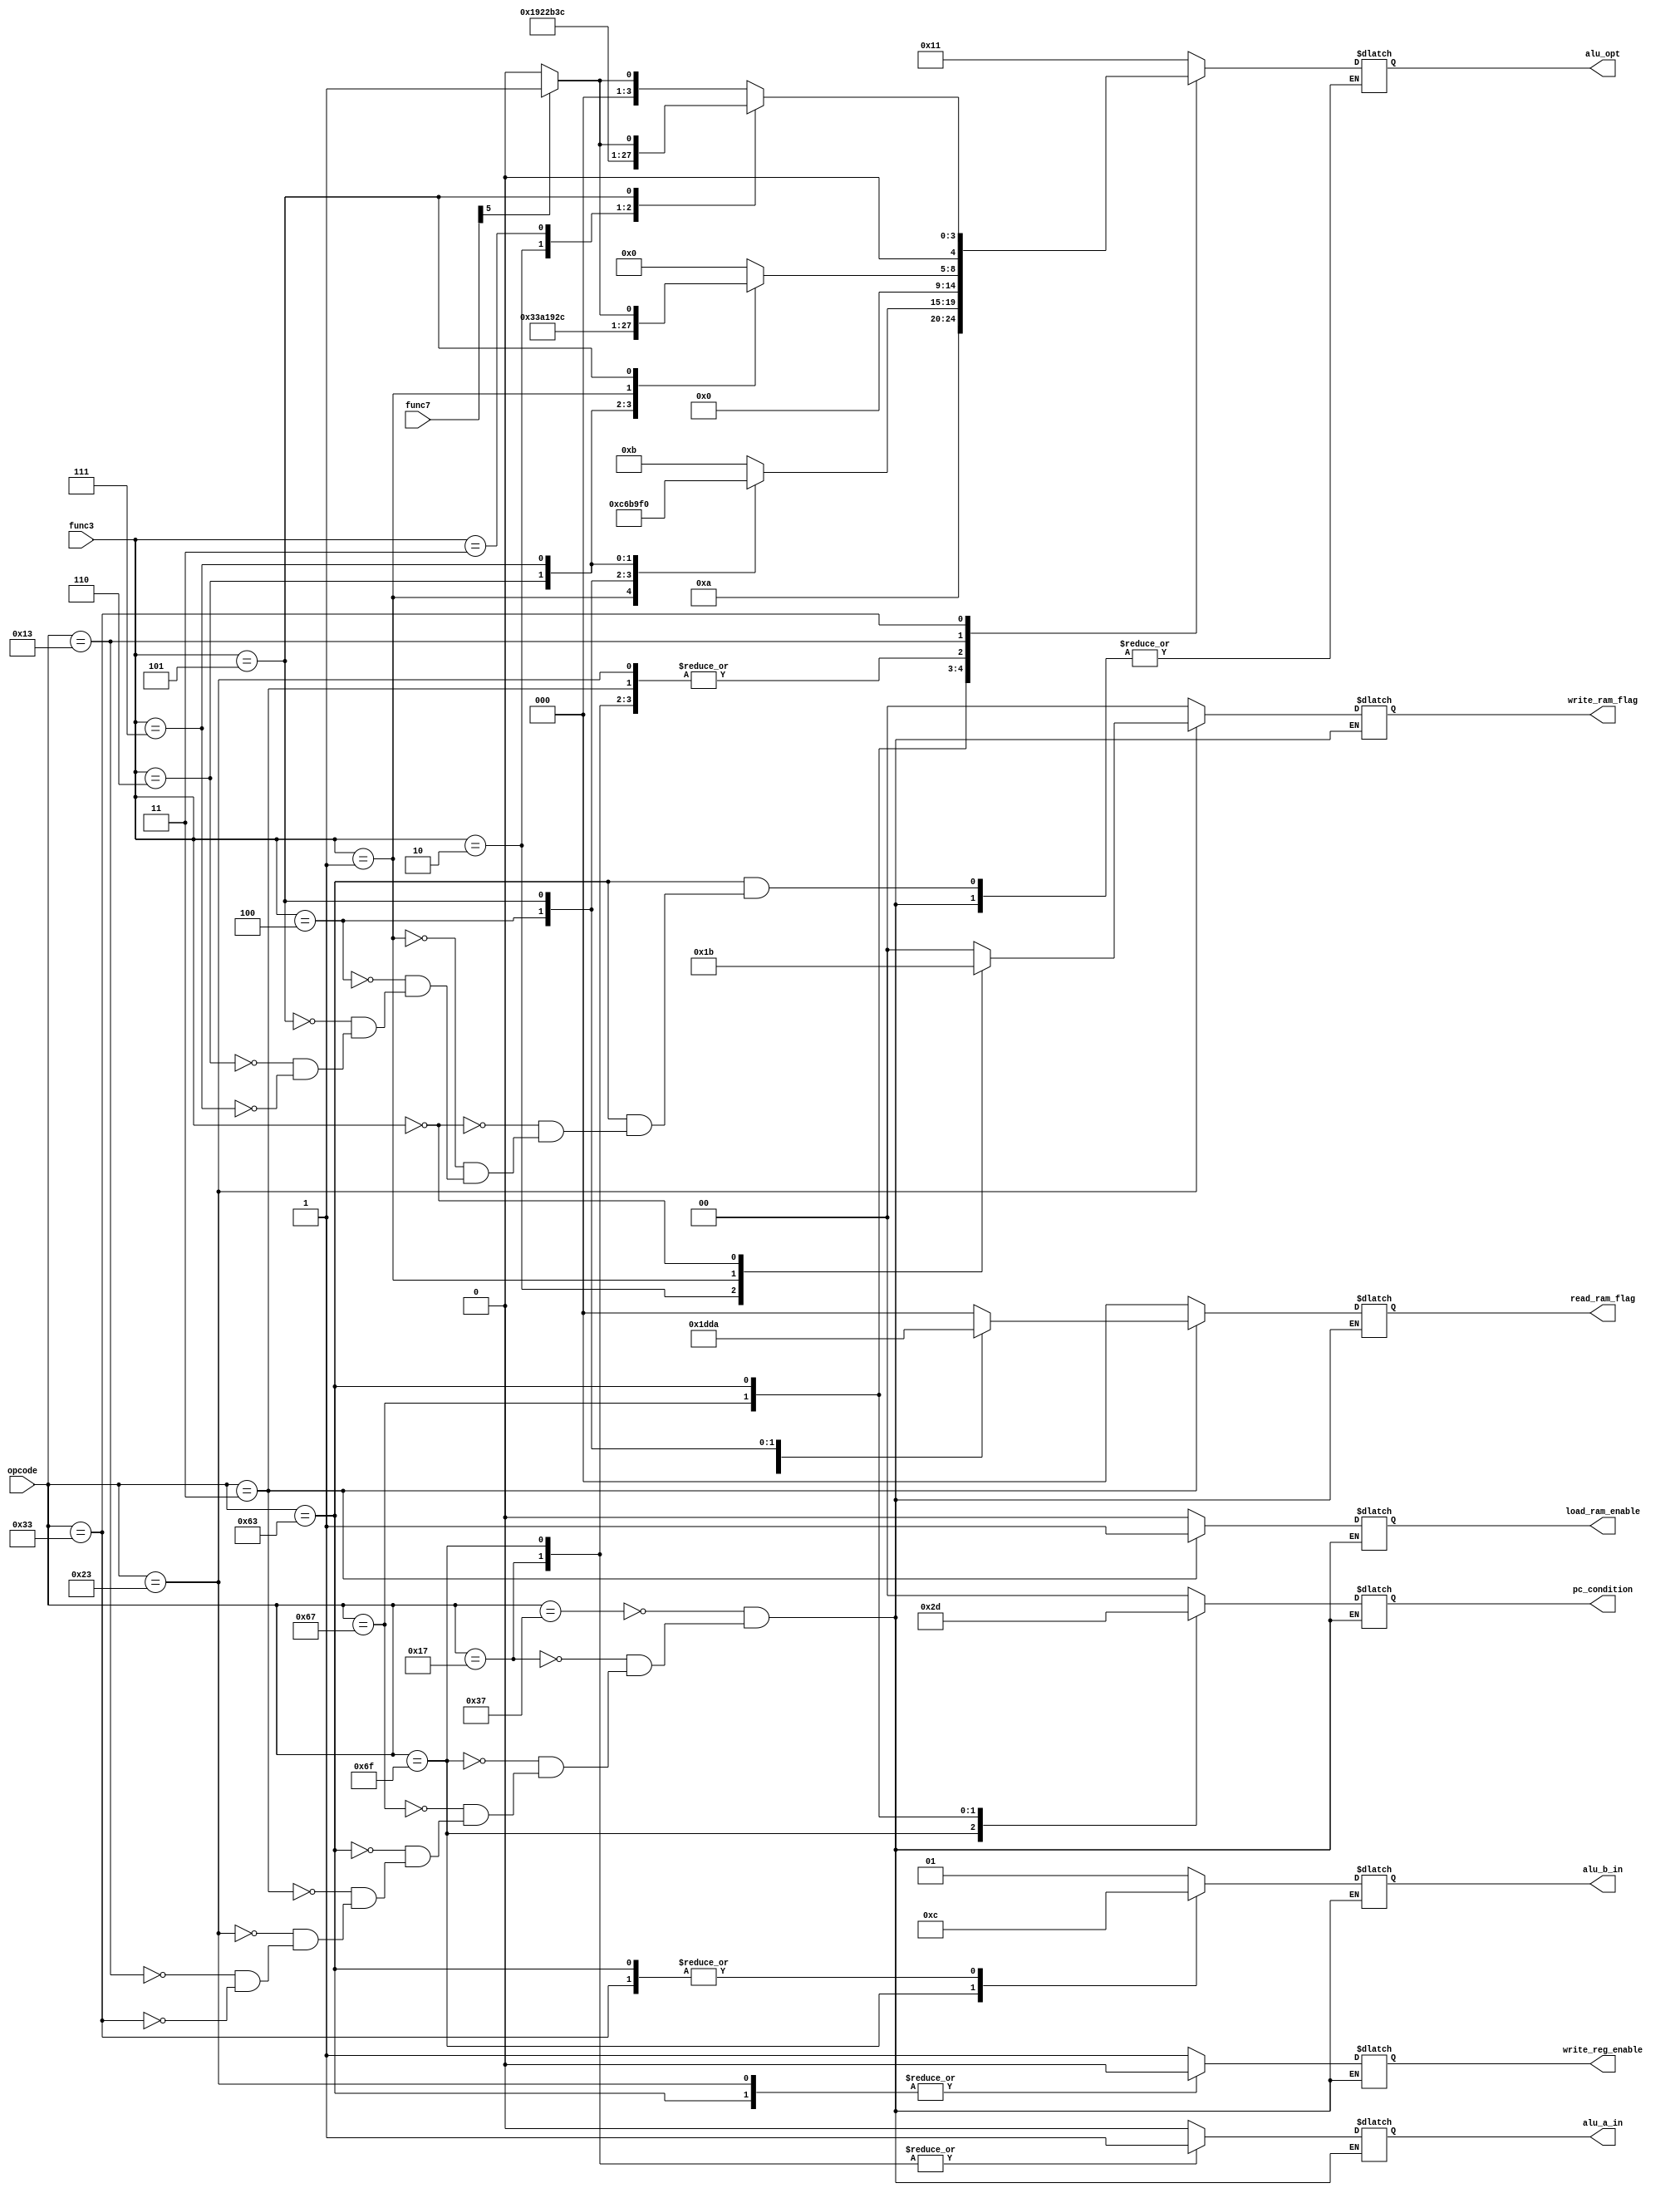
module controller(
    input [6: 0] opcode,
    input [2: 0] func3,
    input [6: 0] func7,

    output reg [4: 0] alu_opt,
    output reg alu_a_in, // JAL JALR AUIPC
    output reg [1: 0] alu_b_in,

    output reg write_reg_enable, // rd

    output reg [1: 0] write_ram_flag,  // s
    output reg load_ram_enable, // LW LH LB
    output reg [2: 0] read_ram_flag,
    output reg [1: 0] pc_condition
);

always @(*) begin
    case (opcode)
        // lui
        7'b0110111:begin
            write_reg_enable = 1;
            load_ram_enable = 0;
            alu_a_in = 0; // 
            alu_b_in = 2'b01; //imm
            write_ram_flag = 2'b00;
            read_ram_flag = 3'b000;
            alu_opt = 5'b10001;
            pc_condition = 2'b00;
        end
        // auipc
        7'b0010111:begin
            write_reg_enable = 1;
            load_ram_enable = 0;
            alu_a_in = 1; // pc
            alu_b_in = 2'b01; //imm
            write_ram_flag = 2'b00;
            read_ram_flag = 3'b000;
            alu_opt = 5'b00000;
            pc_condition = 2'b00;
        end
        // jal
        7'b1101111:begin
            write_reg_enable = 1;
            load_ram_enable = 0;
            alu_a_in = 1; // pc
            alu_b_in = 2'b11; //  pc+4 ==>rd
            write_ram_flag = 2'b00;
            read_ram_flag = 3'b000;
            alu_opt = 5'b00000;
            pc_condition = 2'b10;
        end
        // jalr
        7'b1100111:begin
            write_reg_enable = 1;
            load_ram_enable = 0;
            alu_a_in = 0; // rs1_addr
            alu_b_in = 2'b01; //  rs + imm ==>rd
            write_ram_flag = 2'b00;
            read_ram_flag = 3'b000;
            alu_opt = 5'b01010;
            pc_condition = 2'b11;
        end
        // B
        7'b1100011:begin
            write_reg_enable = 0;
            load_ram_enable = 0;
            alu_a_in = 0; // rs1_addr
            alu_b_in = 2'b00;; //rs2_addr
            write_ram_flag = 2'b00;
            read_ram_flag = 3'b000;
            pc_condition = 2'b01;
            case (func3)
                // beq
                3'b000:begin
                    alu_opt = 5'b01011;
                end
                // bne
                3'b001:begin
                    alu_opt = 5'b01100;
                end
                // blt
                3'b100: begin
                    alu_opt = 5'b01101;
                end
                // bge
                3'b101:begin
                    alu_opt = 5'b01110;
                end
                // bltu
                3'b110:begin
                    alu_opt = 5'b01111;
                end
                // bgeu
                3'b111:begin
                    alu_opt = 5'b10000;
                end
                default:begin
                    
                end
            endcase
        end
        // L
        7'b0000011:begin
            write_reg_enable = 1;
            load_ram_enable = 1;
            alu_a_in = 0; // rs1_addr
            alu_b_in = 2'b01; //imm
            write_ram_flag = 2'b00;
            read_ram_flag = 3'b000;
            alu_opt = 5'b00000;
            pc_condition = 2'b00;
            case (func3)
                // lw
                3'b010:begin
                    read_ram_flag = 3'b001;
                end
                // lh
                3'b001:begin
                    read_ram_flag = 3'b110;
                end
                // lb
                3'b000:begin
                    read_ram_flag = 3'b111;
                end
                // lbu
                3'b100:begin
                    read_ram_flag = 3'b011;
                end
                // lhu
                3'b101:begin
                    read_ram_flag = 3'b010;
                end
                default: begin
                    
                end
            endcase
        end
        // S
        7'b0100011:begin
            write_reg_enable = 0;
            load_ram_enable = 0;
            alu_a_in = 0; // rs1_addr
            alu_b_in = 2'b01; //imm
            write_ram_flag = 2'b00;
            read_ram_flag = 3'b000;
            alu_opt = 5'b00000;
            pc_condition = 2'b00;
            case (func3)
                // sw
                3'b010:begin
                    write_ram_flag = 2'b01;
                end
                // sh
                3'b001:begin
                    write_ram_flag = 2'b10;
                end
                // sb
                3'b000:begin
                    write_ram_flag = 2'b11;
                end
                default: begin
                    
                end
            endcase
        end
        // I
        7'b0010011:begin
            write_reg_enable = 1;
            load_ram_enable = 0;
            alu_a_in = 0; // rs1_addr
            alu_b_in = 2'b01; //imm
            write_ram_flag = 2'b00;
            read_ram_flag = 3'b000;
            pc_condition = 2'b00;

            case (func3)
                // addi
                3'b000:begin
                    alu_opt = 5'b00000;
                end
                // slti
                3'b010:begin
                    alu_opt = 5'b00110;
                end
                // sltiu
                3'b011:begin
                    alu_opt = 5'b00111;
                end
                // xori
                3'b100:begin
                    alu_opt = 5'b00100;
                end
                // ori
                3'b110:begin
                    alu_opt = 5'b00011;
                end
                // andi
                3'b111:begin
                    alu_opt = 5'b00010;
                end
                // slli
                3'b001:begin
                    alu_opt = 5'b00101;
                end
                // srli, srai
                3'b101:begin
                    if(func7[5])begin
                        alu_opt = 5'b01001;
                    end
                    else alu_opt = 5'b01000;
                end
                default:begin
                    
                end
            endcase
        end
        // R
        7'b0110011:begin
            write_reg_enable = 1;
            load_ram_enable = 0;
            alu_a_in = 0; // rs1_addr
            alu_b_in = 2'b00;; //rs2_addr
            write_ram_flag = 2'b00;
            read_ram_flag = 3'b000;
            pc_condition = 2'b00;
            case (func3)
                // sub, add
                3'b000:begin
                    if(func7[5])begin
                        alu_opt = 5'b00001;
                    end else begin
                        alu_opt = 5'b00000;
                    end
                end
                // or
                3'b110:begin
                    alu_opt = 5'b00011;
                end
                // and
                3'b111:begin
                    alu_opt = 5'b00010;
                end
                // xor
                3'b100:begin
                    alu_opt = 5'b00100;
                end
                // sll
                3'b001:begin
                    alu_opt = 5'b00101;
                end
                // slt
                3'b010:begin
                    alu_opt = 5'b00110;
                end
                // sltu
                3'b011:begin
                    alu_opt = 5'b00111;
                end
                // srl, sra
                3'b101:begin
                    if(func7[5]) alu_opt = 5'b01001;
                    else alu_opt = 5'b01000;
                end 
                default: begin
                    
                end
            endcase
        end
        default: begin
            
        end
    endcase
end

endmodule